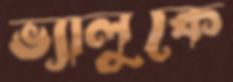
ভ্যালুকে